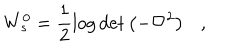
W _ { s } ^ { 0 } = \frac 1 2 \log \det \left( - \nabla ^ { 2 } \right) ,